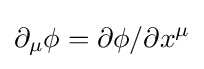
\partial _{\mu }\phi =\partial \phi /\partial x^{\mu }